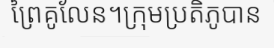
ព្រៃគូលែន។ក្រុមប្រតិភូបាន